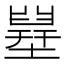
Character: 𡐪